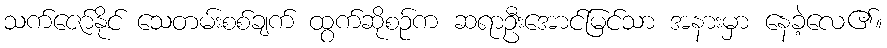
သက်ဇော်နိုင် သေတမ်းစစ်ချက် ထွက်ဆိုစဉ်က ဆရာဦးအောင်မြင်သာ အနားမှာ နေခဲ့လေ၏။